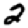
Digit: 2